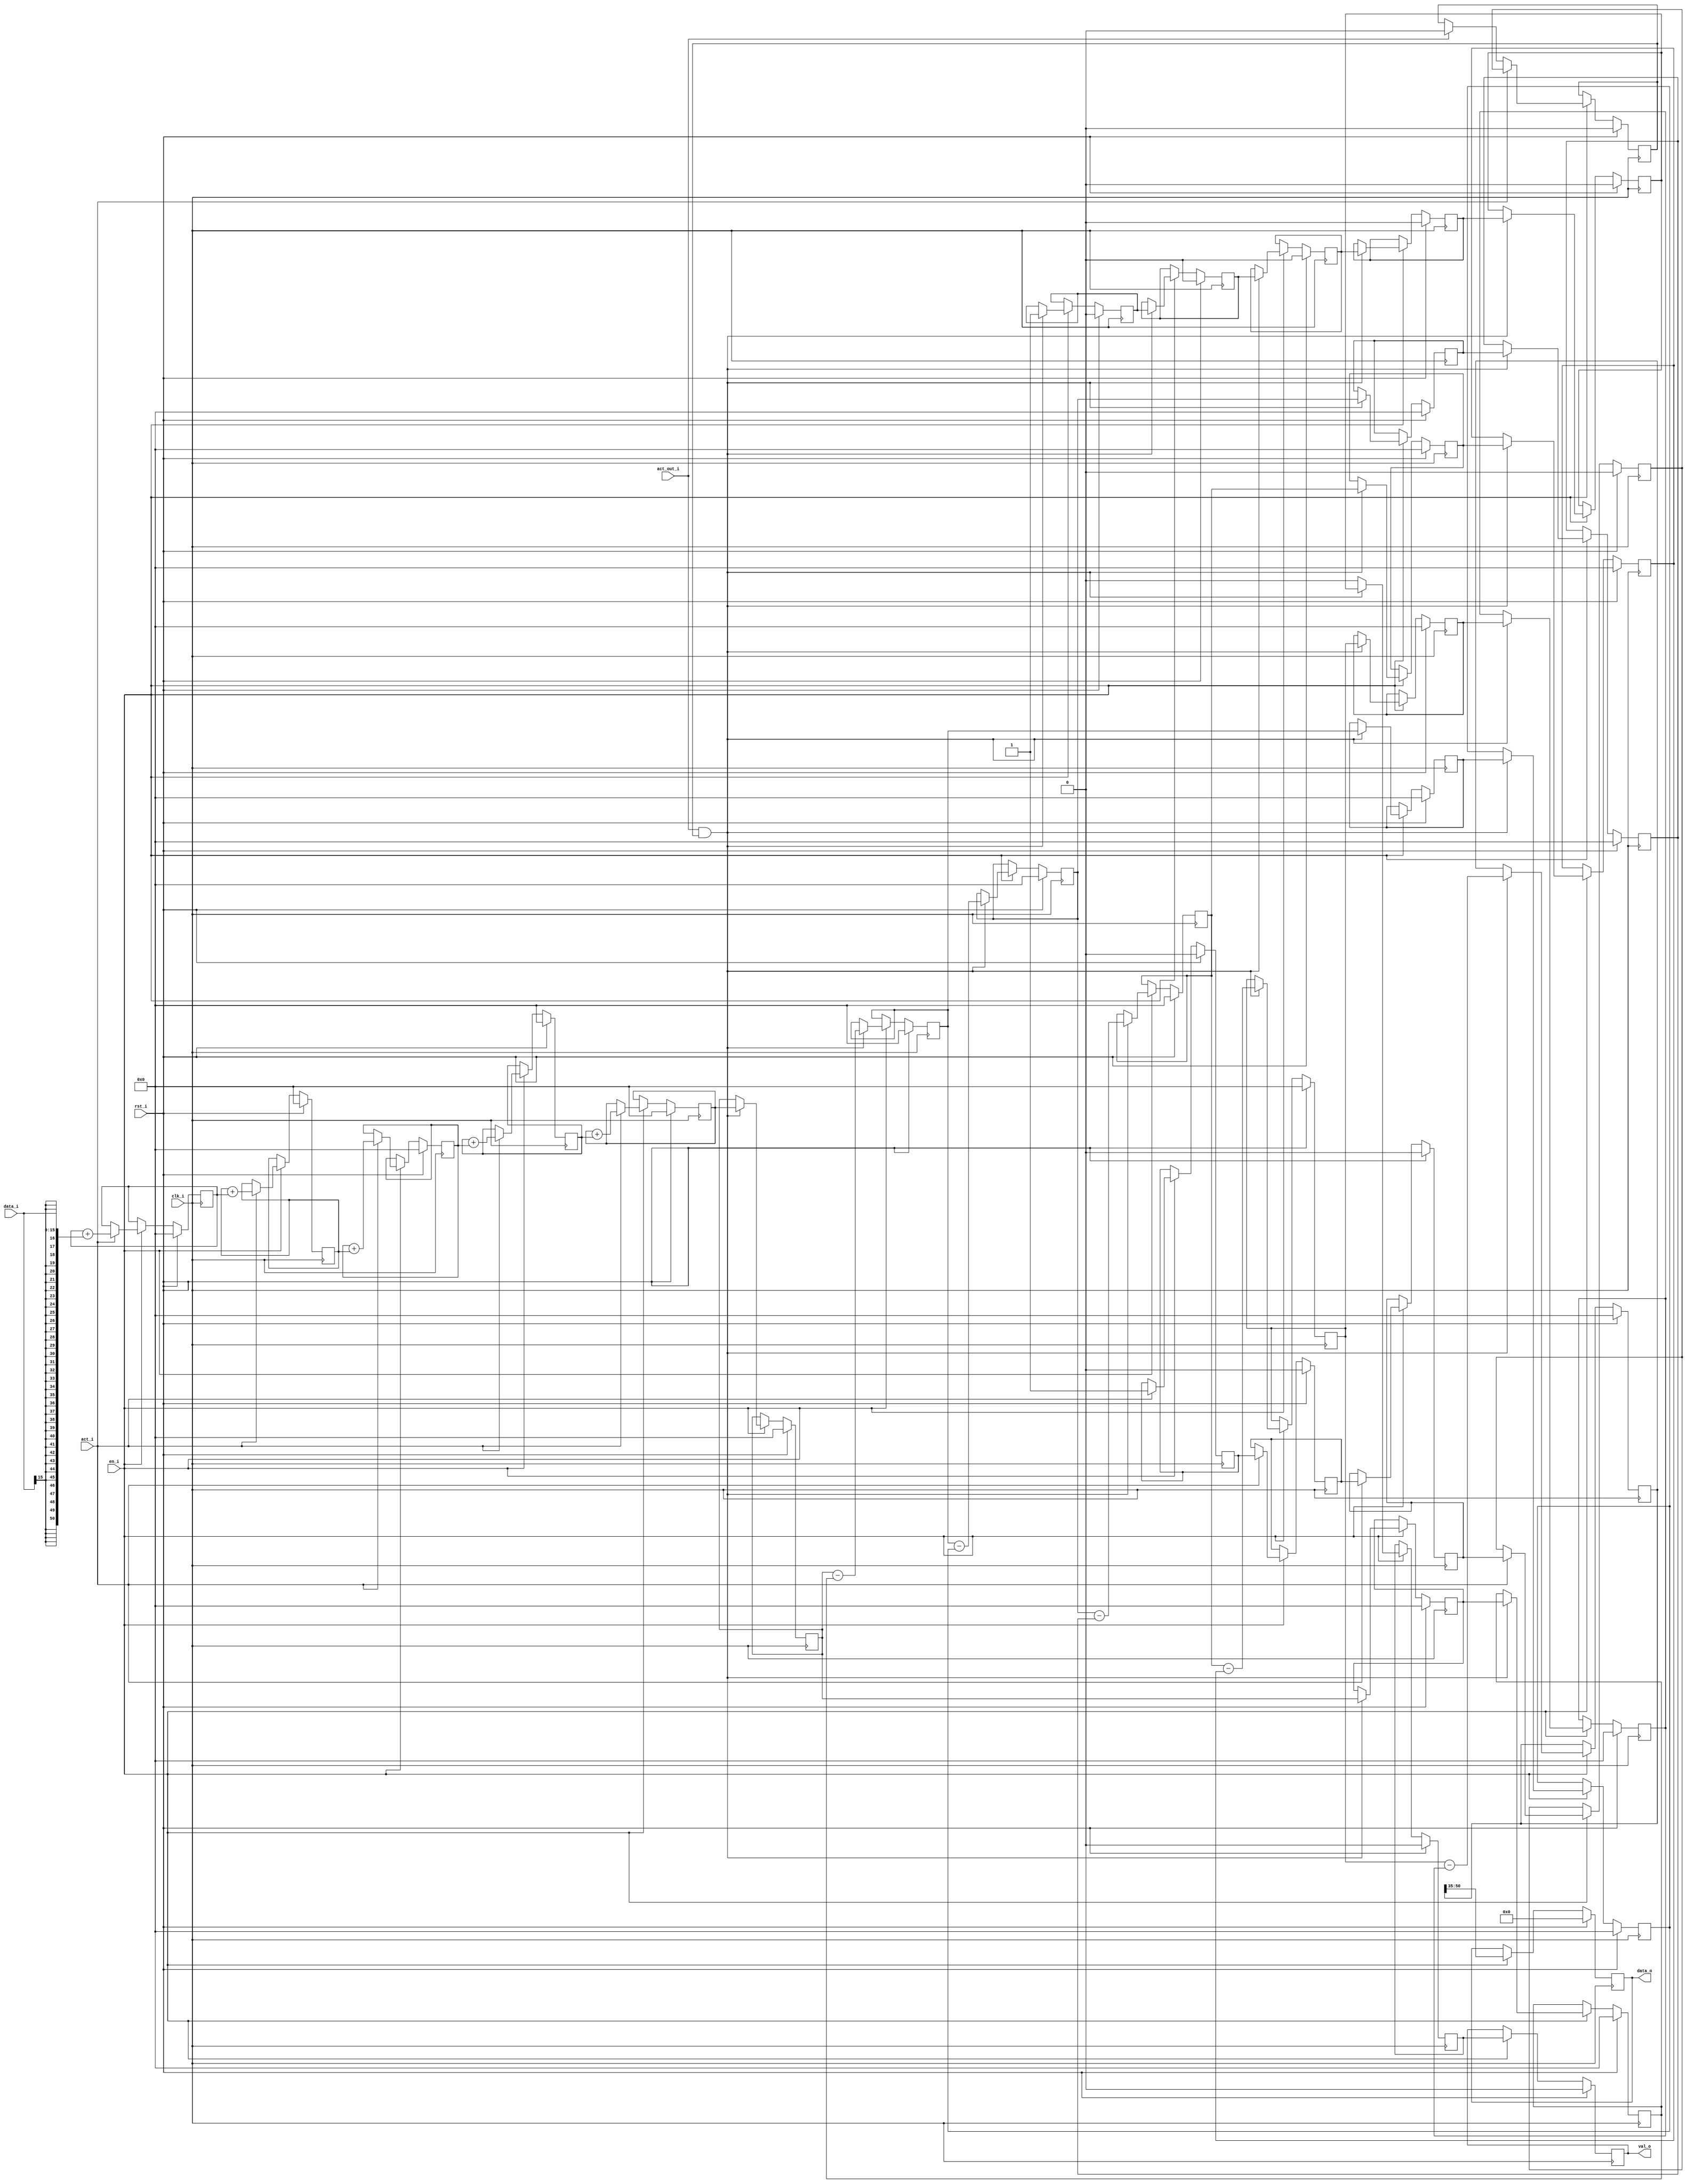
module cic_decim
  #(
    parameter DATAIN_WIDTH = 16,
    parameter DATAOUT_WIDTH = DATAIN_WIDTH,
    parameter M = 2,
    parameter N = 5,
    parameter MAXRATE = 64,
    parameter BITGROWTH = 35, //N*log2(M*MAXRATE)
    // Select 0 to use the default round to minus infinity (floor)
    // or 1 to use convergent rounding
    parameter ROUND_CONVERGENT = 0
  )
  (
    input                      clk_i,
    input                      rst_i,
    input                      en_i,
    input [DATAIN_WIDTH-1:0]   data_i,
    output [DATAOUT_WIDTH-1:0] data_o,
    input                      act_i,
    input                      act_out_i,
    output                     val_o
  );

  localparam DATAOUT_FULL_WIDTH = DATAIN_WIDTH + BITGROWTH;
  localparam DATAOUT_EXTRA_BITS = DATAOUT_FULL_WIDTH - DATAOUT_WIDTH;

  wire [DATAOUT_FULL_WIDTH-1:0] datain_extended;
  reg [DATAOUT_FULL_WIDTH-1:0]  integrator [0:N-1];
  reg [DATAOUT_FULL_WIDTH-1:0]  diffdelay [0:N-1][0:M-1];
  reg [DATAOUT_FULL_WIDTH-1:0]  pipe [0:N-1];
  wire[DATAOUT_FULL_WIDTH-1:0]  data_int;
  wire[DATAOUT_WIDTH-1:0]       data_out;
  reg [DATAOUT_WIDTH-1:0]       data_out_reg;
  reg [DATAOUT_FULL_WIDTH-1:0]  sampler =  {{1'b0}};
  reg                               val_int =  {{1'b0}};
  wire                              val_out;
  reg                               val_out_reg =  {{1'b0}};
  reg                               act_int [0:N-1];
  reg                               act_samp;
  reg                               act_comb [0:N-1];

  integer                           i,j;

  assign datain_extended = {{(BITGROWTH){data_i[DATAIN_WIDTH-1]}},data_i};

  // Integrator sections
  always @(posedge clk_i)
    if (rst_i)
      for (i=0; i<N; i=i+1) begin
        integrator[i] <= {{1'b0}};
        act_int[i] <= {{1'b0}};
      end

    else if (en_i) begin
      if (act_i) begin
        integrator[0] <= integrator[0] + datain_extended;
        act_int[0] <= 1'b1;

        for (i=1; i<N; i=i+1) begin
          integrator[i] <= integrator[i] + integrator[i-1];
          act_int[i] <= act_int[i-1];
        end
      end
      else begin
        // Clear the act_int flag only when the COMB section acknowledges it
        if (act_out_i) begin
          act_int[N-1] <= 1'b0;
        end
      end
    end

  // Comb sections
  always @(posedge clk_i) begin
    if (rst_i) begin
      sampler <= {{1'b0}};

      for (i=0; i<N; i=i+1) begin
        pipe[i] <= {{1'b0}};
        act_comb[i] <= {{1'b0}};

        for (j=0; j<M; j=j+1)
          diffdelay[i][j] <= {{1'b0}};
      end
      act_samp <= 1'b0;
      val_int <= 1'b0;
    end
    else begin
      if (en_i) begin
        if (act_out_i && act_int[N-1]) begin
           sampler <= integrator[N-1];
           act_samp <= 1'b1;

           diffdelay[0][0] <= sampler;

           for (j=1; j<M; j=j+1)
             diffdelay[0][j] <= diffdelay[0][j-1];

           pipe[0] <= sampler - diffdelay[0][M-1];
           act_comb[0] <= act_samp;

           for (i=1; i<N; i=i+1) begin
             diffdelay[i][0] <= pipe[i-1];

             for (j=1; j<M; j=j+1)
               diffdelay[i][j] <= diffdelay[i][j-1];

             pipe[i] <= pipe[i-1] - diffdelay[i][M-1];
             act_comb[i] <= act_comb[i-1];
           end

           if(N==1)
             val_int <= act_samp;
           else
             val_int <= act_comb[N-2]; //same as act_comb[N-1]

        end // if (act_out_i)
        else begin
          val_int <= 1'b0;
        end // else: !if(act_out_i)
      end // if (en_i)
    end // else: !if(rst_i)
  end // always @ (posedge clk_i)

  assign data_int = pipe[N-1];

  generate
    if (DATAOUT_EXTRA_BITS==0) begin
      assign data_out = data_int[DATAOUT_FULL_WIDTH-1:0];
    end
    // Round bits as selected data output width <= computed data output
    // width
    else if (DATAOUT_EXTRA_BITS > 0) begin
      if (ROUND_CONVERGENT) begin
        // Round convergent using the algorithm described in
        // https://groups.google.com/forum/#!topic/comp.lang.verilog/sRt57P-FJEE
        assign data_out = data_int[DATAOUT_FULL_WIDTH-1:DATAOUT_EXTRA_BITS] +
            ((data_int[DATAOUT_EXTRA_BITS-1:0] == {1'b1, {(DATAOUT_EXTRA_BITS-1){1'b0}}}) ?
               data_int[DATAOUT_EXTRA_BITS] : data_int[DATAOUT_EXTRA_BITS-1]);
      end
      else begin
        assign data_out = data_int[DATAOUT_FULL_WIDTH-1:DATAOUT_EXTRA_BITS];
      end
    end
    // Sign-extend bits as selected data output width > computed data output
    // width
    else begin // DATAOUT_EXTRA_BITS < 0 means we need to sign-extend
      assign data_out = {{(DATAOUT_WIDTH-DATAOUT_FULL_WIDTH){data_int[DATAOUT_FULL_WIDTH-1]}}, data_int};
    end
  endgenerate

  assign val_out = val_int;

  // Output stage
  always @(posedge clk_i) begin
    if (rst_i) begin
      data_out_reg <= {{1'b0}};
      val_out_reg <= {{1'b0}};
    end
    else begin
      if (en_i) begin
        data_out_reg <= data_out;
        val_out_reg <= val_out;
      end
    end
  end

  assign data_o = data_out_reg;
  assign val_o = val_out_reg;

endmodule